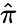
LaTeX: \hat{\pi}